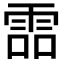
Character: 𩂩